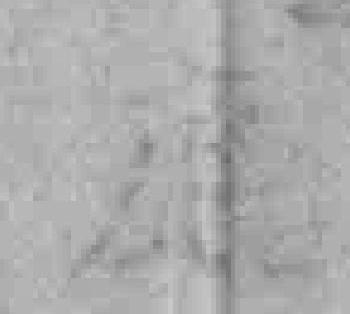
廳